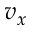
v _ { x }